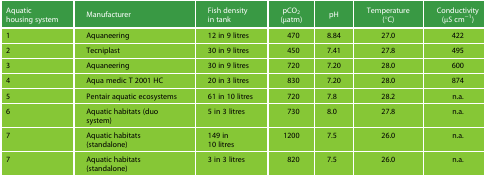
<table><thead><tr><td><b>Aquatic housing system</b></td><td><b>Manufacturer</b></td><td><b>Fish density in tank</b></td><td><b>pCO<sub>2</sub> (μatm)</b></td><td><b>pH</b></td><td><b>Temperature (°C)</b></td><td><b>Conductivity (μS cm<sup>−1</sup>)</b></td></tr></thead><tbody><tr><td>1</td><td>Aquaneering</td><td>12 in 9 litres</td><td>470</td><td>8.84</td><td>27.0</td><td>422</td></tr><tr><td>2</td><td>Tecniplast</td><td>30 in 9 litres</td><td>450</td><td>7.41</td><td>27.8</td><td>495</td></tr><tr><td>3</td><td>Aquaneering</td><td>30 in 9 litres</td><td>720</td><td>7.20</td><td>28.0</td><td>600</td></tr><tr><td>4</td><td>Aqua medic T 2001 HC</td><td>20 in 3 litres</td><td>830</td><td>7.20</td><td>28.0</td><td>874</td></tr><tr><td>5</td><td>Pentair aquatic ecosystems</td><td>61 in 10 litres</td><td>720</td><td>7.8</td><td>28.2</td><td>n.a.</td></tr><tr><td>6</td><td>Aquatic habitats (duo system)</td><td>5 in 3 litres</td><td>730</td><td>8.0</td><td>27.8</td><td>n.a.</td></tr><tr><td>7</td><td>Aquatic habitats (standalone)</td><td>149 in 10 litres</td><td>1200</td><td>7.5</td><td>26.0</td><td>n.a.</td></tr><tr><td>7</td><td>Aquatic habitats (standalone)</td><td>3 in 3 litres</td><td>820</td><td>7.5</td><td>26.0</td><td>n.a.</td></tr></tbody></table>